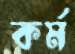
কর্ম